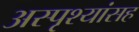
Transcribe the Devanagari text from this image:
अस्पृश्यांसह